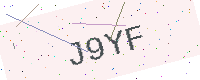
Text: J9YF